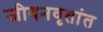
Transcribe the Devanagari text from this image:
जीवनवृतांत